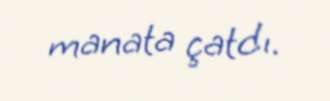
manata çatdı.